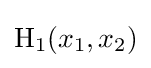
\operatorname {H_{1}} (x_{1},x_{2})